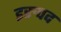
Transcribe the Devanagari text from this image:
इरुपद